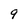
Character: 9